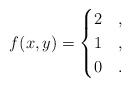
LaTeX: \begin{align*}f(x,y)=\begin{cases}2 & ,\\1 & ,\\0 & .\end{cases}\end{align*}